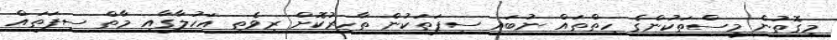
މިގޮތުން މީސްތަކުންގެ ހިތްތައް ނުބައި ސިފަތަކުން ތާހިރުކޮށް ރިވެތި އަހުލާގާއި މާތް ސިފަތައް